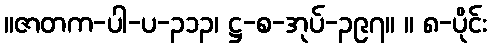
။ဇာတက-ပါ-ပ-၃၁၃၊ ဋ္ဌ-စ-အုပ်-၃၉၇။ ။ ၈-ပိုင်း